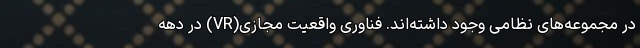
در مجموعه‌های نظامی وجود داشته‌اند. فناوری واقعیت مجازی(VR) در دهه